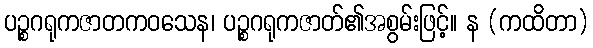
ပဉ္စဂရုကဇာတကဝသေန၊ ပဉ္စဂရုကဇာတ်၏အစွမ်းဖြင့်။ န (ကထိတာ)